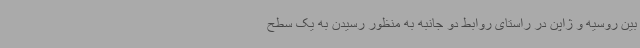
بین روسیه و ژاپن در راستای روابط دو جانبه به منظور رسیدن به یک سطح